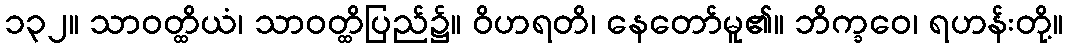
၁၃၂။ သာဝတ္ထိယံ၊ သာဝတ္ထိပြည်၌။ ဝိဟရတိ၊ နေတော်မူ၏။ ဘိက္ခဝေ၊ ရဟန်းတို့။